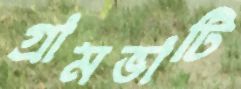
গ্রামভাটি